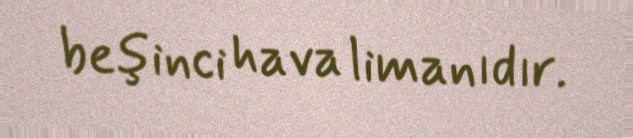
beşinci hava limanıdır.